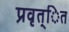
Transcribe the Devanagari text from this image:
प्रवृत्ित